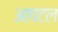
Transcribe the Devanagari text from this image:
आपटल